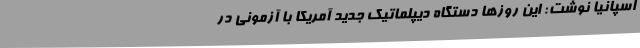
اسپانیا نوشت: این روزها دستگاه دیپلماتیک جدید آمریکا با آزمونی در